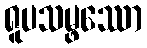
ရူပသမ္ဖဿော